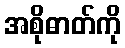
အစိုဓာတ်ကို